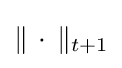
\|\,\cdot \,\|_{t+1}